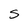
Character: S